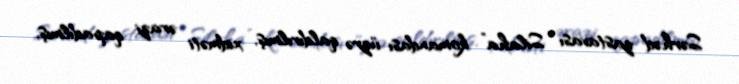
Sərhəd zastavası “Silaha” komandası üzrə qaldırılmış, xidməti ərazi qapadılmış,